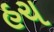
હચ